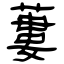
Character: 蔞